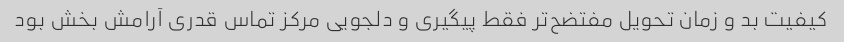
کیفیت بد و زمان تحویل مفتضح‌تر فقط پیگیری و دلجویی مرکز تماس قدری آرامش بخش بود